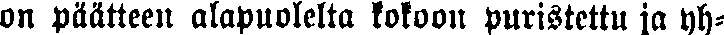
on päätteen alapuolelta kokoon puristettu ja yh-